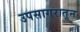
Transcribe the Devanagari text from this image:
उपसागरातून